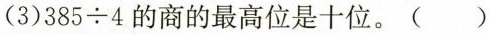
(3)$$3 8 5 \div 4$$的商的最高位是十位。()